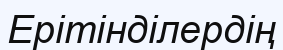
Ерітінділердің